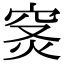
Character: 𥥦